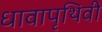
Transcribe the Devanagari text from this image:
धावापृथिवी